Supplement to the account of plague administration in the Bombay Presidency from September 1896 till May 1897
Year: 1896
Disease focus: Plague
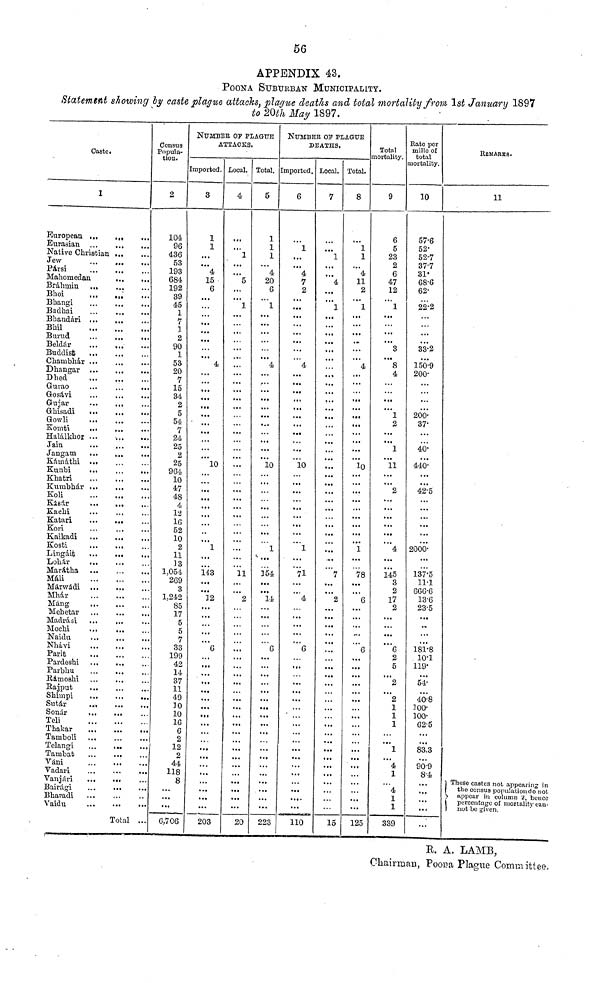
56
APPENDIX 43.
POONA SUBURBAN MUNICIPALITY.
Statement showing by caste plague attacks, plague deaths and total mortality from 1st January 1897
to 20th May 1897.
Caste.
1
European •••
Eurasian •••
Native Christian
Jew •••
Párai
Mahomedan
Brahmin
Bhoi
Bhangi
Badhai
Bhandári
Bhil
Burud
Beldar
Buddist Chambhár
Dhangar
Dhed
Gurao
Gosávi
Gujar
Ghisadi
Gowli
Komti
Halálkhor
Jain
Jangam
Kámáthi
Kumbi
Khatri
Kumbhár
Koli
Easto
Kachi
Katari
Kori
Kaikadi
Kosti
Lingáit
Lohár
Marátha
Máli
Márwádi
Mhár
Mang
Mohetar
Madrási
Mochi
Naidu
Nhávi
Parit
Pardeshi
Parbhu
Rámoshi
Rajput
Shimpi
Sutár
Sonár
Teli
Thakar
Tambolf
Telangi
Tambat
Váni
Vadari
Vanjári
Bairági
•••
•••
•••
•••
•••
•••
•••
•••
•••
•••
•••
•••
•••
•••
•••
•••
•••
•••
•••
•••
•••
•••
•••
•••
•••
•••
•••
•••
•••
•••
•••
•••
•••
•••
•••
•••
•••
•••
•••
•••
•••
•••
•••
•••
•••
•••
•••
•••
•••
•••
•••
•••
•••
•••
•••
•••
•••
•••
•••
•••
•••
•••
Bharadi •••
Vaidu •••
•••
•••
•••
•••
•••
•••
•••
•••
•••
•••
•••
•••
•••
•••
•••
•••
•••
•••
•••
•••
•••
•••
•••
•••
•••
•••
•••
•••
•••
•••
•••
•••
•••
•••
•••
•••
•••
•••
•••
•••
•••
•••
•••
•••
•••
•••
•••
•••
•••
•••
•••
•••
•••
•••
•••
•••
•••
•••
•••
•••
•••
•••
•••
•••
•••
•••
•••
•••
•••
Total
•••
•••
•••
•••
•••
•••
•••
•••
•••
•••
•••
•••
•••
•••
•••
•••
•••
•••
•••
•••
•••
•••
•••
•••
•••
•••
•••
•••
•••
•••
•••
•••
•••
•••
•••
•••
•••
•••
•••
•••
•••
•••
•••
•••
•••
•••
•••
•••
•••
•••
•••
•••
•••
•••
•••
•••
•••
•••
•••
•••
•••
•••
•••
•••
•••
•••
•••
•••
•••
Census
Popula-
tion.
2
104
96
436
53
198
684
192
39
45
1
7
•••
2
90
1
53
20
7
15
84
2
5
54
7
24
25
2
25
964
10
47
48
4
12
16
52
10
2
11
18
1,054
269
8
1,242
85
17
5
5
7
33
199
42
14
37
11
49
10
10
16
6
2
12
2
44
118
8
•••
•••
•••
6,706
NUMBER OF PLAGUE
ATTACKS.
Imported.
3
1
1
•••
4
15
6
•••
•••
•••
•••
•••
•••
•••
•••
4
•••
•••
•••
•••
•••
•••
•••
•••
•••
•••
10
•••
•••
•••
•••
•••
•••
•••
•••
•••
••• •••
•••
143
•••
•••
12
•••
•••
•••
•••
•••
6
•••
•••
•••
•••
•••
•••
•••
•••
•••
•••
•••
•••
•••
•••
•••
•••
•••
•••
•••
203
Local.
4
•••
••••••
•••
5
•••
••• 1
•••
•••
•••
•••
•••
•••
•••
•••
•••
•••
•••
•••
•••
•••
•••
•••
•••
•••
•••
•••
•••
•••
•••
•••
•••
•••
•••
•••
•••
•••
11
•••
•••
2
•••
•••
•••
•••
•••
•••
•••
•••
•••
•••
•••
•••
•••
•••
•••
•••
•••
•••
•••
•••
•••
•••
•••
•••
•••
20
Total.
5
1
1
1
•••
4
20
6
••• 1
•••
•••
•••
•••
•••
•••
4
•••
•••
•••
•••
•••
•••
•••
•••
•••
•••
10
•••
•••
•••
•••
•••
•••
•••
•••
•••
1
•••
•••
154
•••
•••
14
•••
•••
•••
•••
•••
6
•••
•••
•••
•••
•••
•••
•••
•••
•••
•••
•••
•••
•••
•••
•••
•••
•••
•••
•••
223
NUMBER OF PLAGUE
DEATHS.
[mportcd.
6
•••
1
••• •••
4
7
2
•••
•••
•••
•••
•••
•••
•••
•••
4
•••
•••
•••
•••
•••
•••
•••
•••
•••
•••
10
•••
•••
•••
•••
•••
•••
•••
•••
•••
1
•••
•••
71
•••
•••
4
•••
•••
•••
•••
•••
6
•••
•••
•••
•••
•••
•••
•••
•••
•••
•••
•••
•••
•••
•••
•••
•••
•••
•••
•••
110
Local.
7
•••
•••
1
•••
•••
4
•••
••• 1
•••
•••
•••
•••
•••
•••
•••
•••
•••
•••
•••
•••
•••
•••
•••
•••
•••
•••
•••
•••
•••
•••
•••
•••
•••
•••
•••
•••
••• •••
7
•••
•••
2
•••
•••
•••
•••
•••
•••
•••
•••
•••
•••
•••
•••
•••
•••
•••
•••
•••
•••
•••
•••
•••
•••
•••
•••
•••
15
Total.
8
•••
1
l
•••
4
11
2
••• 1
•••
•••
•••
•••
•••
•••
4
•••
•••
•••
•••
•••
•••
•••
•••
•••
•••
10
•••
•••
•••
•••
•••
•••
•••
•••
•••
1
•••
•••
78
•••
•••
6
•••
•••
•••
•••
•••
6
•••
•••
•••
•••
•••
•••
•••
•••
•••
•••
•••
•••
•••
•••
•••
•••
•••
•••
•••
125
Total
mortality.
9
6
5
23
2
6
47
12
••• 1
•••
•••
•••
•••
3
•••
8
4
•••
•••
•••
•••
1
2
•••
•••
1
•••
11
•••
•••
2
•••
•••
•••
•••
•••
4
••• •••
145
3
2
17
2
•••
•••
•••
•••
6
2
5
•••
2
•••
2
1
1
1
•••
•••
1
•••
4
1
•••
4
1
1
339
Rateo per
mille of
total
mortality.
10
57•6
52•
57•7
87•7
31•
68•6
62•
••• 22•2
•••
•••
•••
•••
33•2
•••
150•9
200•
•••
•••
•••
•••
200•
37•
•••
•••
40•
•••
440•
•••
•••
42•5
•••
•••
•••
•••
•••
•••
2000•
•••
•••
137•5
11•1
660•6
13•6
23•5
•••
•••
•••
•••
181.8
10.1
119.
•••
54.
•••
40.8
100.
100.
62.5
•••
•••
83. 3
•••
90.9
8.4
•••
••• •••
•••
•••
Remarks.
11
] These castes not appearing in
1 the oensus population do not
> uppoar in column '1, nonce
I percentage of mortality can-
1 not be given.
R. A. LAMB,
Gliairman, Pooca Plague Committee,